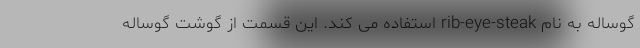
گوساله به نام rib-eye-steak استفاده می کند. این قسمت از گوشت گوساله